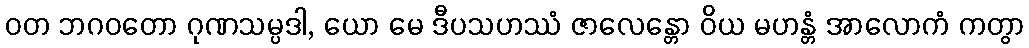
ဝတ ဘဂဝတော ဂုဏသမ္ပဒါ, ယော မေ ဒီပသဟဿံ ဇာလေန္တော ဝိယ မဟန္တံ အာလောကံ ကတွာ